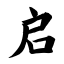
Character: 启